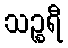
သဉ္စရီ